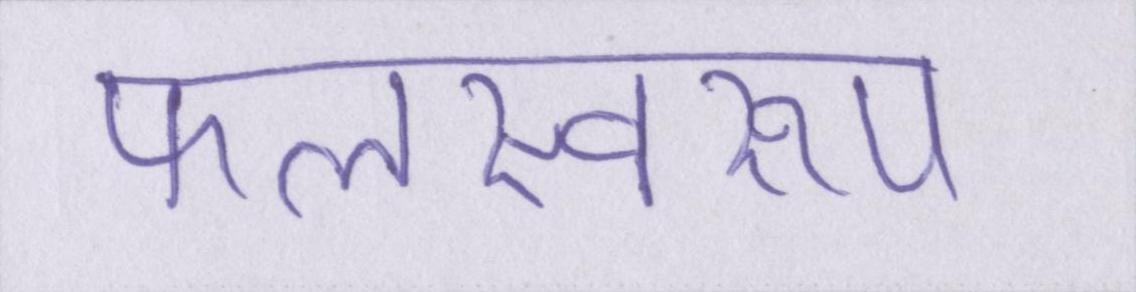
फलस्वरूप